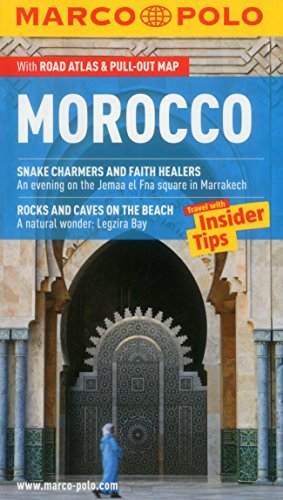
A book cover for Morocco Marco Polo Guide (Marco Polo Guides); Marco Polo Travel; Travel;